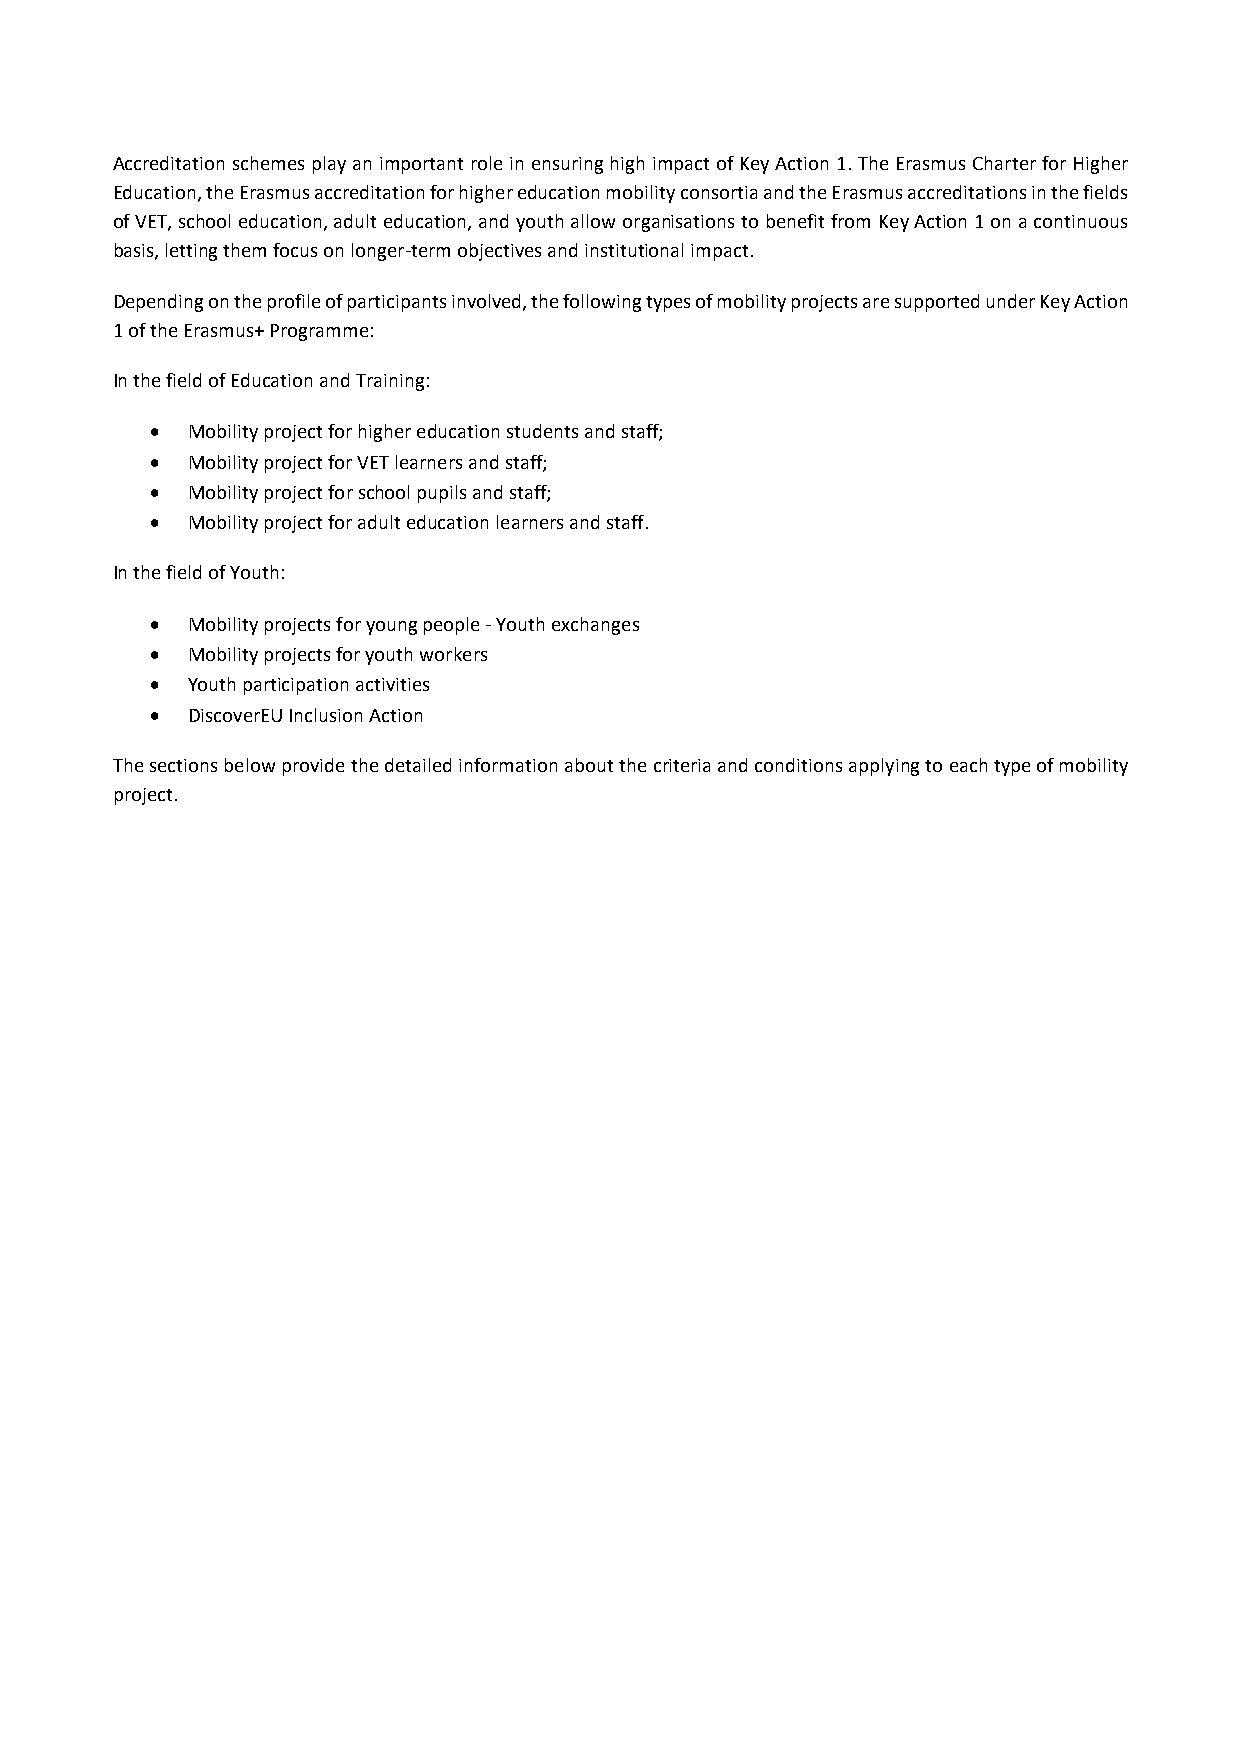
Accreditation schemes play an important role in ensuring high impact of Key Action 1. The Erasmus Charter for Higher
 Education, the Erasmus accreditation for higher education mobility consortia and the Erasmus accreditations in the fields
 of VET, school education, adult education, and youth allow organisations to benefit from Key Action 1 on a continuous
 basis, letting them focus on longer‐term objectives and institutional impact.
 Depending on the profile of participants involved, the following types of mobility projects are supported under Key Action
 1 of the Erasmus+ Programme:
 In the field of Education and Training:
  Mobility project for higher education students and staff;
  Mobility project for VET learners and staff;
  Mobility project for school pupils and staff;
  Mobility project for adult education learners and staff.
 In the field of Youth:
  Mobility projects for young people ‐ Youth exchanges
  Mobility projects for youth workers
  Youth participation activities
  DiscoverEU Inclusion Action
 The sections below provide the detailed information about the criteria and conditions applying to each type of mobility
 project.